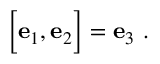
\Bigl [ { \bf e } _ { 1 } , { \bf e } _ { 2 } \Bigr ] = { \bf e } _ { 3 } \ .